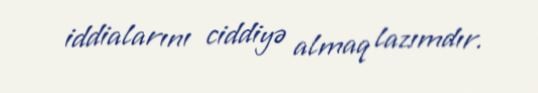
iddialarını ciddiyə almaq lazımdır.